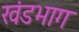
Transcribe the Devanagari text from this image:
खंडभाग